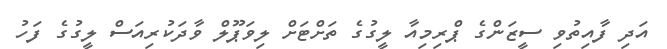
އަދި ފާއިތުވި ސީޒަންގެ ޕްރިމިއާ ލީގުގެ ތަށްޓަށް ލިވަޕޫލް ވާދަކުރިއަސް ލީގުގެ ފަހު